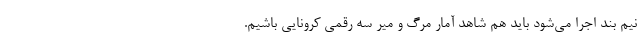
نیم بند اجرا می‌شود باید هم شاهد آمار مرگ و میر سه رقمی کرونایی باشیم.